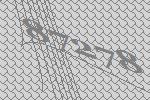
87278